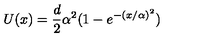
U ( x ) = { \frac { d } { 2 } } \alpha ^ { 2 } ( 1 - e ^ { - ( x / \alpha ) ^ { 2 } } )